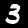
Label: 3